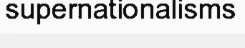
supernationalisms